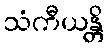
သံကီယန္တိ